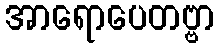
အာရောပေတဗ္ဗာ